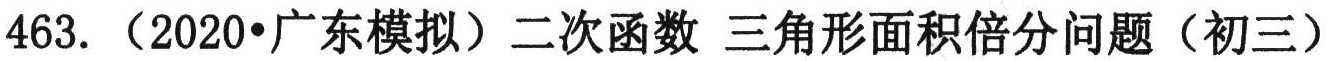
463. （2020•广东模拟）二次函数 三角形面积倍分问题（初三）